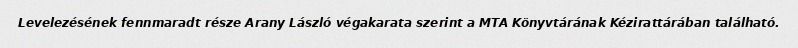
Levelezésének fennmaradt része Arany László végakarata szerint a MTA Könyvtárának Kézirattárában található.